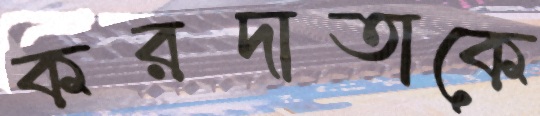
করদাতাকে